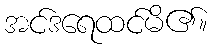
အင်ဒရေထင်မိ၏။